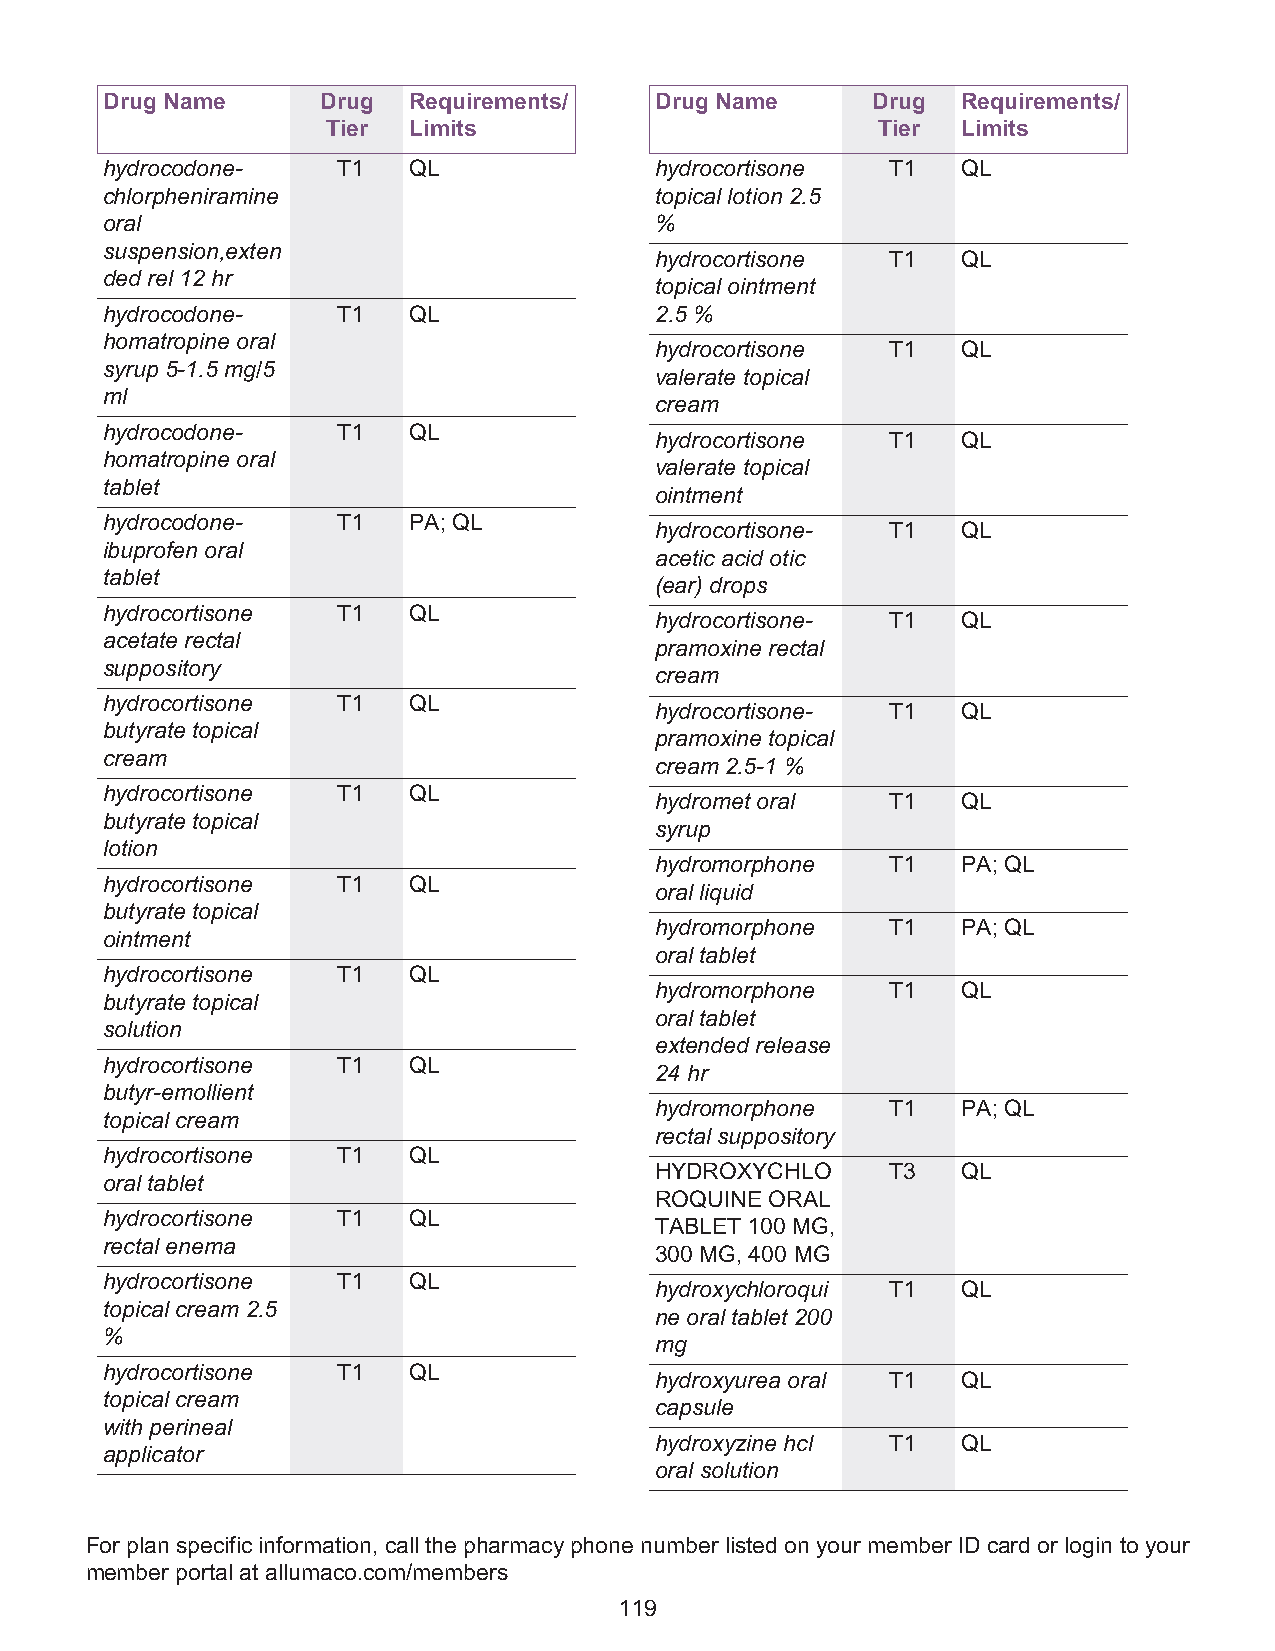
Drug Name     Drug  Requirements/   Drug Name      Drug  Requirements/
 Tier Limits                         Tier  Limits
 hydrocodone-   T1   QL              hydrocortisone  T1   QL
 chlorpheniramine                    topical lotion 2.5
 oral                                %
 suspension,exten
 hydrocortisone  T1   QL
 ded rel 12 hr
 topical ointment
 hydrocodone-   T1   QL              2.5 %
 homatropine oral
 hydrocortisone  T1   QL
 syrup 5-1.5 mg/5
 valerate topical
 ml
 cream
 hydrocodone-   T1   QL
 hydrocortisone  T1   QL
 homatropine oral
 valerate topical
 tablet
 ointment
 hydrocodone-   T1   PA; QL
 hydrocortisone- T1   QL
 ibuprofen oral
 acetic acid otic
 tablet
 (ear) drops
 hydrocortisone T1   QL
 hydrocortisone- T1   QL
 acetate rectal
 pramoxine rectal
 suppository
 cream
 hydrocortisone T1   QL
 hydrocortisone- T1   QL
 butyrate topical
 pramoxine topical
 cream
 cream 2.5-1 %
 hydrocortisone T1   QL
 hydromet oral   T1   QL
 butyrate topical
 syrup
 lotion
 hydromorphone   T1   PA; QL
 hydrocortisone T1   QL
 oral liquid
 butyrate topical
 hydromorphone   T1   PA; QL
 ointment
 oral tablet
 hydrocortisone T1   QL
 hydromorphone   T1   QL
 butyrate topical
 oral tablet
 solution
 extended release
 hydrocortisone T1   QL
 24 hr
 butyr-emollient
 hydromorphone   T1   PA; QL
 topical cream
 rectal suppository
 hydrocortisone T1   QL
 HYDROXYCHLO     T3   QL
 oral tablet
 ROQUINE ORAL
 hydrocortisone T1   QL
 TABLET 100 MG,
 rectal enema
 300 MG, 400 MG
 hydrocortisone T1   QL
 hydroxychloroqui T1  QL
 topical cream 2.5
 ne oral tablet 200
 %
 mg
 hydrocortisone T1   QL
 hydroxyurea oral T1  QL
 topical cream
 capsule
 with perineal
 hydroxyzine hcl T1   QL
 applicator
 oral solution
 For plan specific information, call the pharmacy phone number listed on your member ID card or login to your
 member portal at allumaco.com/members
 119